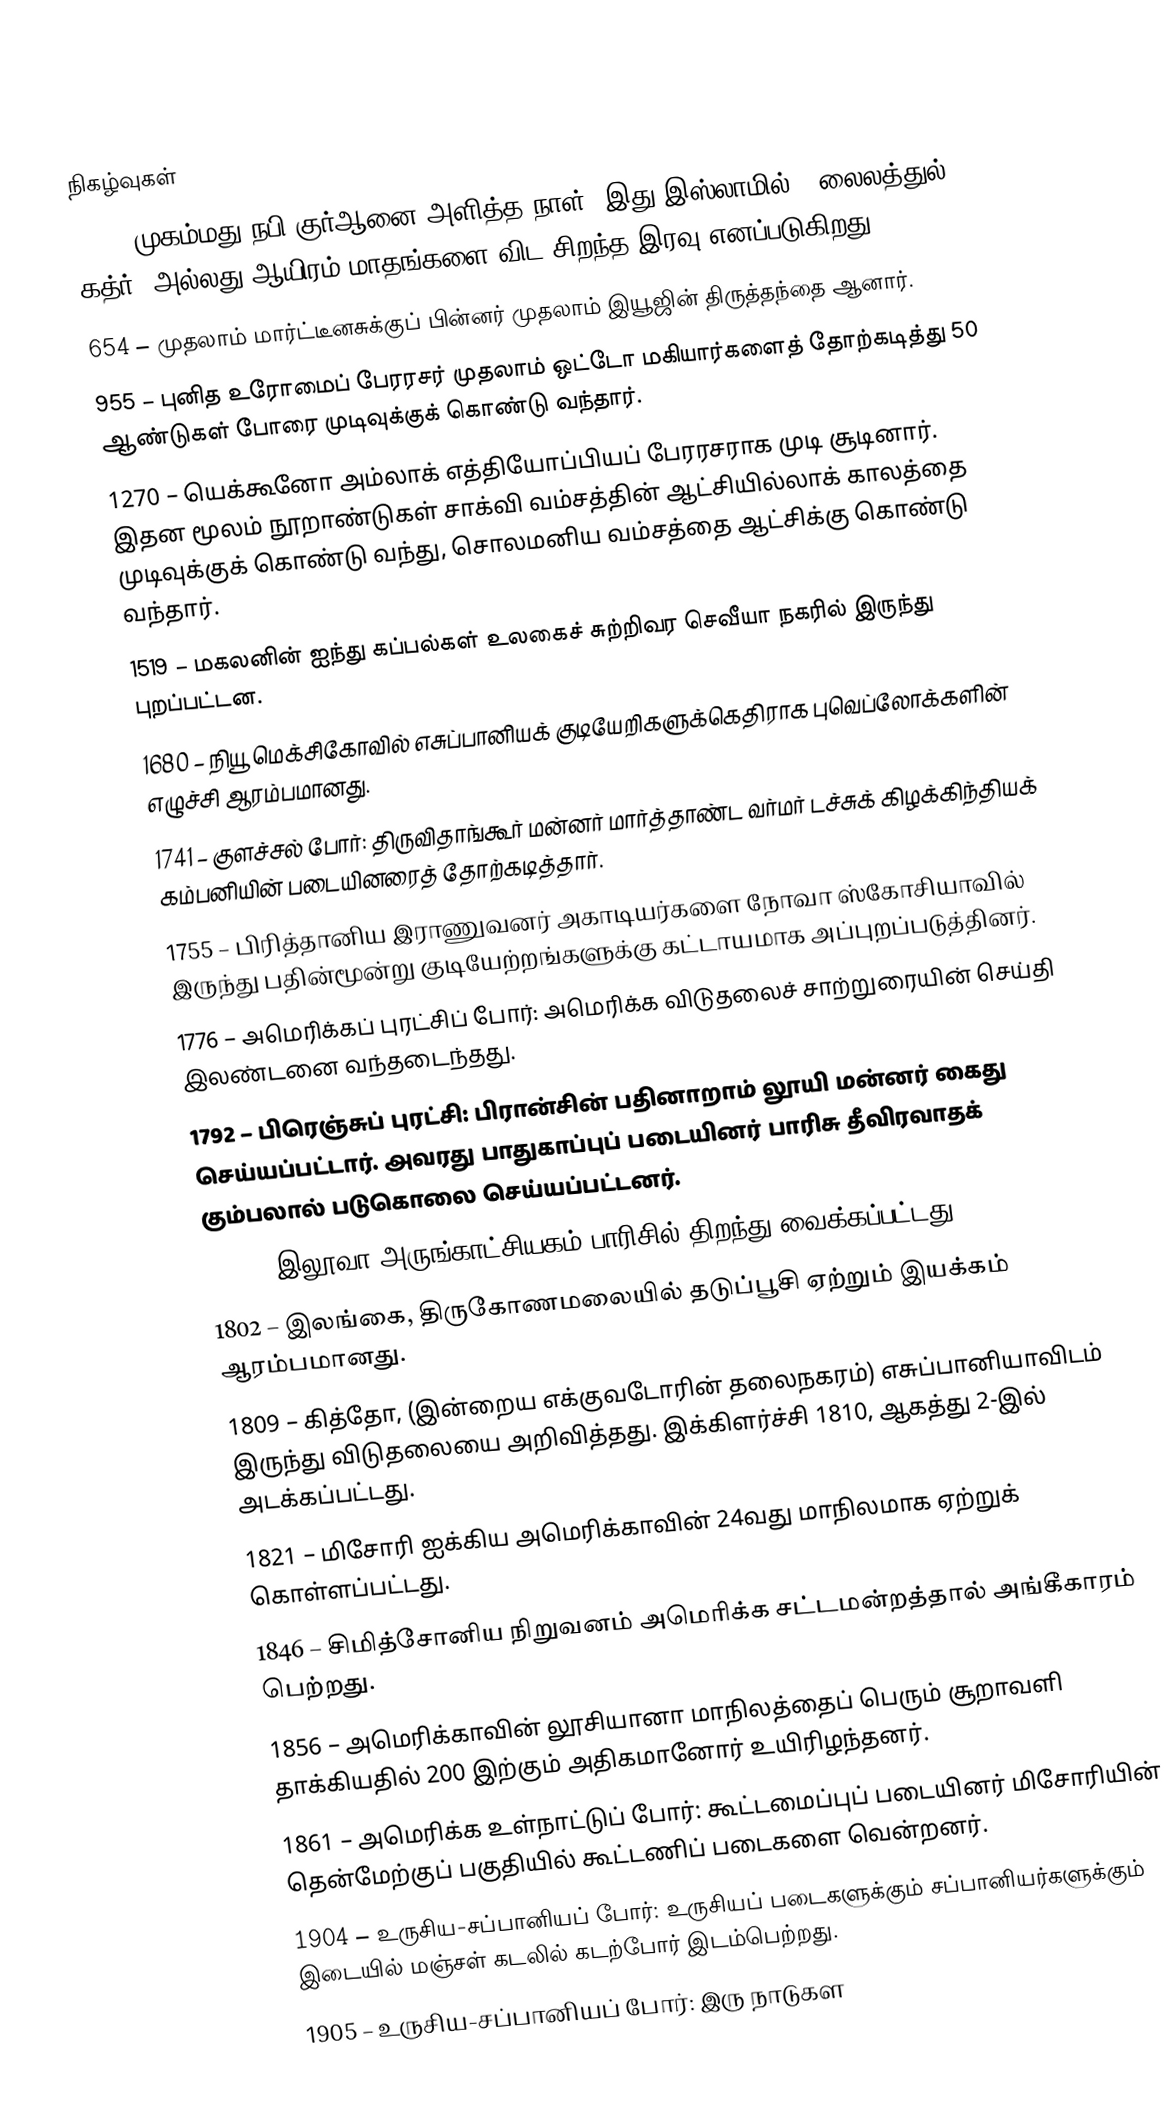

நிகழ்வுகள்
610 – முகம்மது நபி குர்ஆனை அளித்த நாள். இது இஸ்லாமில், "லைலத்துல் கத்ர்" அல்லது ஆயிரம் மாதங்களை விட சிறந்த இரவு எனப்படுகிறது.
654 – முதலாம் மார்ட்டீனசுக்குப் பின்னர் முதலாம் இயூஜின் திருத்தந்தை ஆனார்.
955 – புனித உரோமைப் பேரரசர் முதலாம் ஒட்டோ மகியார்களைத் தோற்கடித்து 50 ஆண்டுகள் போரை முடிவுக்குக் கொண்டு வந்தார்.
1270 – யெக்கூனோ அம்லாக் எத்தியோப்பியப் பேரரசராக முடி சூடினார். இதன மூலம் நூறாண்டுகள் சாக்வி வம்சத்தின் ஆட்சியில்லாக் காலத்தை முடிவுக்குக் கொண்டு வந்து, சொலமனிய வம்சத்தை ஆட்சிக்கு கொண்டு வந்தார்.
1519 – மகலனின் ஐந்து கப்பல்கள் உலகைச் சுற்றிவர செவீயா நகரில் இருந்து புறப்பட்டன.
1680 – நியூ மெக்சிகோவில் எசுப்பானியக் குடியேறிகளுக்கெதிராக புவெப்லோக்களின் எழுச்சி ஆரம்பமானது.
1741 – குளச்சல் போர்: திருவிதாங்கூர் மன்னர் மார்த்தாண்ட வர்மர் டச்சுக் கிழக்கிந்தியக் கம்பனியின் படையினரைத் தோற்கடித்தார்.
1755 – பிரித்தானிய இராணுவனர் அகாடியர்களை நோவா ஸ்கோசியாவில் இருந்து பதின்மூன்று குடியேற்றங்களுக்கு கட்டாயமாக அப்புறப்படுத்தினர்.
1776 – அமெரிக்கப் புரட்சிப் போர்: அமெரிக்க விடுதலைச் சாற்றுரையின் செய்தி இலண்டனை வந்தடைந்தது.
1792 – பிரெஞ்சுப் புரட்சி: பிரான்சின் பதினாறாம் லூயி மன்னர் கைது செய்யப்பட்டார். அவரது பாதுகாப்புப் படையினர் பாரிசு தீவிரவாதக் கும்பலால் படுகொலை செய்யப்பட்டனர்.
1793 – இலூவா அருங்காட்சியகம் பாரிசில் திறந்து வைக்கப்பட்டது.
1802 – இலங்கை, திருகோணமலையில் தடுப்பூசி ஏற்றும் இயக்கம் ஆரம்பமானது.
1809 – கித்தோ, (இன்றைய எக்குவடோரின் தலைநகரம்) எசுப்பானியாவிடம் இருந்து விடுதலையை அறிவித்தது. இக்கிளர்ச்சி 1810, ஆகத்து 2-இல் அடக்கப்பட்டது.
1821 – மிசோரி ஐக்கிய அமெரிக்காவின் 24வது மாநிலமாக ஏற்றுக் கொள்ளப்பட்டது.
1846 – சிமித்சோனிய நிறுவனம் அமெரிக்க சட்டமன்றத்தால் அங்கீகாரம் பெற்றது.
1856 – அமெரிக்காவின் லூசியானா மாநிலத்தைப் பெரும் சூறாவளி தாக்கியதில் 200 இற்கும் அதிகமானோர் உயிரிழந்தனர்.
1861 – அமெரிக்க உள்நாட்டுப் போர்: கூட்டமைப்புப் படையினர் மிசோரியின் தென்மேற்குப் பகுதியில் கூட்டணிப் படைகளை வென்றனர்.
1904 – உருசிய-சப்பானியப் போர்: உருசியப் படைகளுக்கும் சப்பானியர்களுக்கும் இடையில் மஞ்சள் கடலில் கடற்போர் இடம்பெற்றது.
1905 – உருசிய-சப்பானியப் போர்: இரு நாடுகள